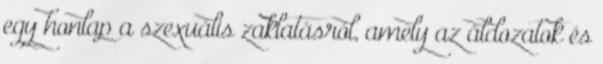
egy honlap a szexuális zaklatásról, amely az áldozatok és